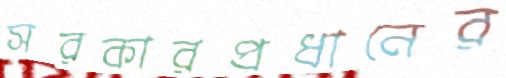
সরকারপ্রধানের